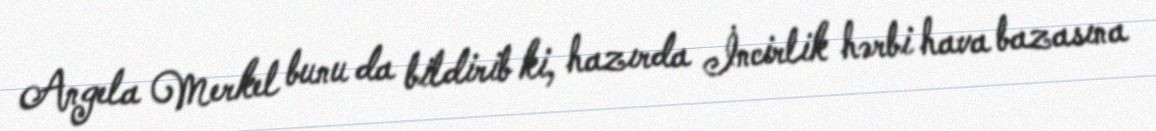
Angela Merkel bunu da bildirib ki, hazırda İncirlik hərbi hava bazasına